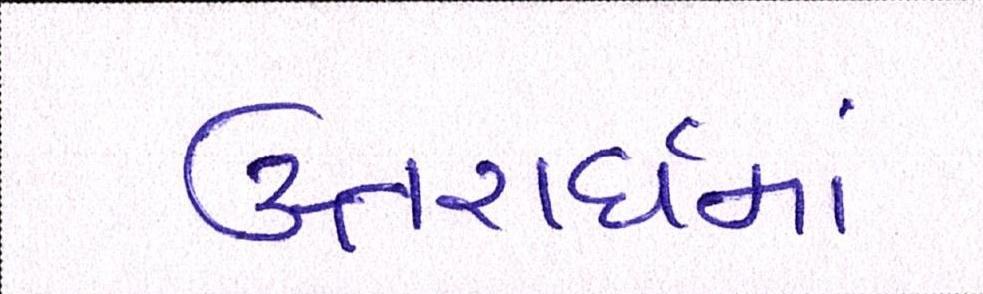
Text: ઉત્તરાર્ધમાં